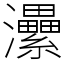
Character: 㶟